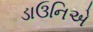
ડાઉનિએ